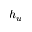
h _ { u }